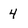
Character: 4